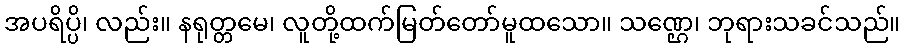
အပရိပ္ပိ၊ လည်း။ နရုတ္တမေ၊ လူတို့ထက်မြတ်တော်မူထသော။ သဏ္ဌေ၊ ဘုရားသခင်သည်။